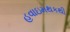
હવાઇમથકથી